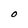
Character: O